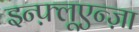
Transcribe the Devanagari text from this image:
इन्फ़्लूएन्ज़ा